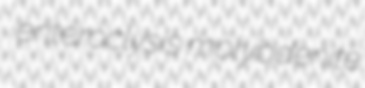
enteroclysis molybdenite